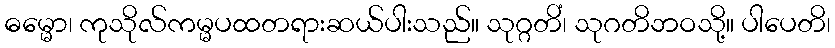
ဓမ္မော၊ ကုသိုလ်ကမ္မပထတရားဆယ်ပါးသည်။ သုဂ္ဂတိံ၊ သုဂတိဘဝသို့။ ပါပေတိ၊